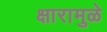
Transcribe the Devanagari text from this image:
क्षारामुळे